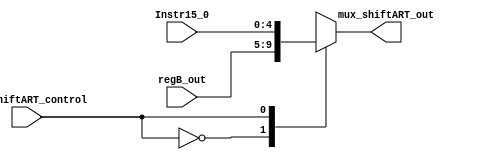
module mux_shiftART(
    input wire  mux_shiftART_control,
    input wire  [4:0] regB_out,
    input wire  [10:6] Instr15_0,
    output reg [4:0] mux_shiftART_out
);

always @(*) begin
    case (mux_shiftART_control)
         
        1'b0 : mux_shiftART_out <= regB_out;
        1'b1 : mux_shiftART_out <= Instr15_0;

    endcase
end
    
endmodule